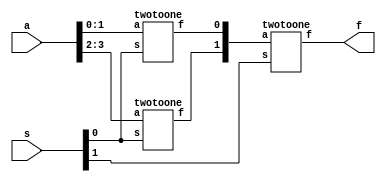
module fourtoone(a,s,f);
	input [3:0] a;
	input [1:0] s;
	wire [1:0] c;
	output f;
	twotoone stage0(a[1:0],s[0],c[0]);
	twotoone stage1(a[3:2],s[0],c[1]);
	twotoone stage2(c,s[1],f);
endmodule


module twotoone(a,s,f);
	input [1:0] a;
	input s;
	output f;
	reg f;
	always@(s,a)
	begin
		if(s)
			f = a[1];
		else
			f = a[0];
	end
endmodule